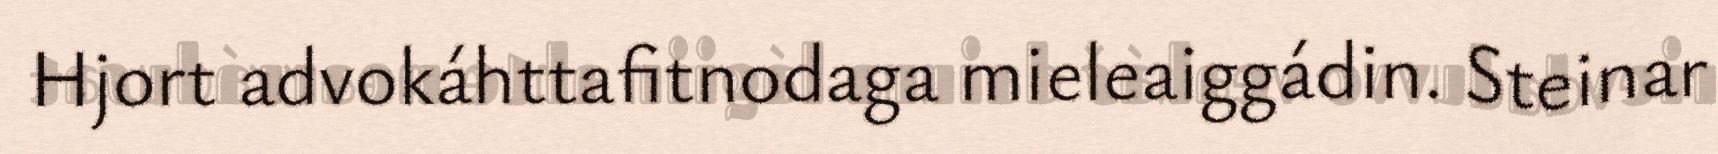
Hjort advokáhttafitnodaga mieleaiggádin. Steinar